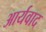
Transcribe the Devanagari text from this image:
आर्यवाद